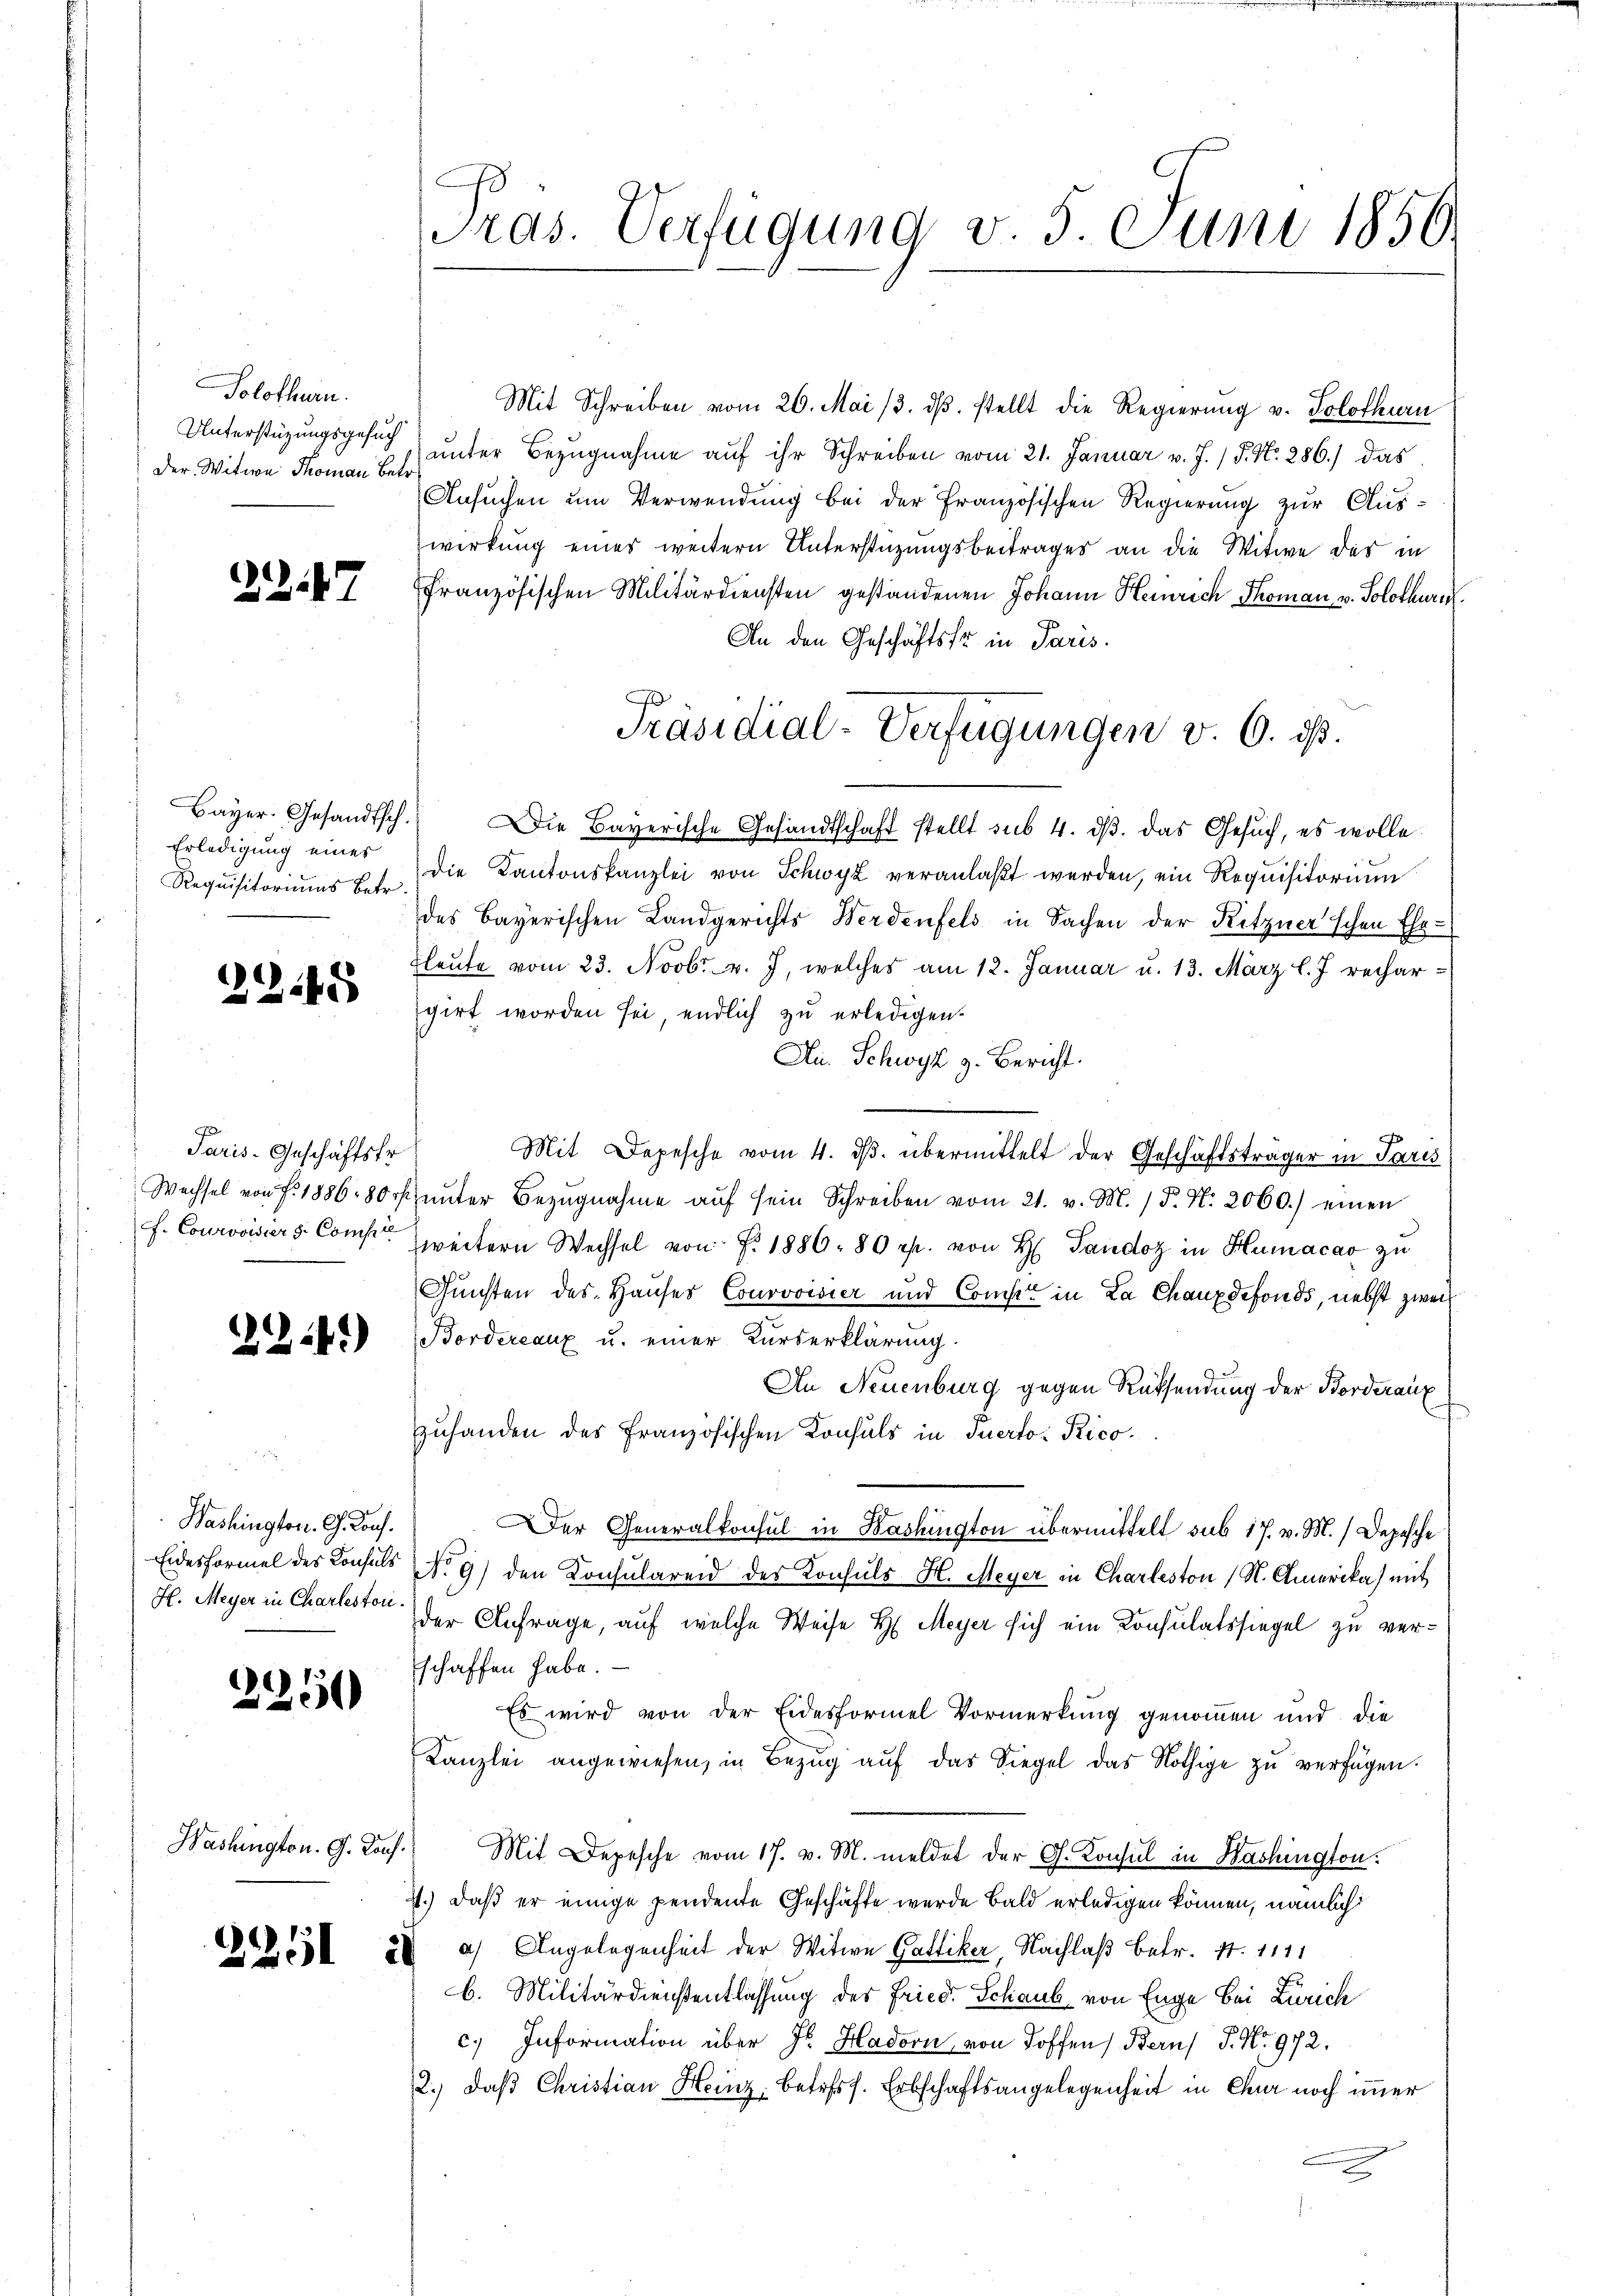
Solothurn.
Unterstützungsgesuch
Der Witwe Thoman Betr

2247

Requisitoriums betr.

2245

Paris-Geschäftsfr.

1341)

Washington. Ch. Porf.
H. Meyer in Charlestori.

2250

Washington. G. Kauf.

2251

Pras. Verfügung v. 5. Juni 1856.

Mit Schreiben vom 20. Mai 13. dβ. stellt die Regierung v. Solothurn
ŭnter Bezŭgnahme aŭf ihr Schreiben vom 21. Januar v. J. J. N. 286.) das
Ansuchen um Verwendung bei der Französischen Regierung zur Auswirkung eines weitern Unterstüzungsbeitrages an die Witwe der in
französischen Militärdiensten gestandenen Johann Heinrich Thoman v. Solothurn
An den Geschäftsfr. in Paris.
Präsidial-Verfügungen v. 6. ds.
Bayer. Gesandtsch. Die Bayerische Gesandtschaft stellt sub 4. dβ das Gesŭch, es wolle
Erledigŭng eines die Kantonskanzlei von Schwyz veranlaßt werden, ein Requisitorium
des Bayerischen Landgerichts Werdenfels in Sachen der Ritzner schen Ehe-
Fleŭte vom 23. Novbr. v. J. welches am 12. Januar u. 13. März l. J. rechargirt worden sei, endlich zu erledigen.
Au. Schwyz z. Bericht.
Mit Depesche vom 4. ds. übermittelt der Geschäftsträger in Paris
Wechsel von f. 1886 80 rf unter Bezŭgnahme aŭf sein Schreiben vom 21. v. M. /d. N. 2060.) einen
f. Courovisiers Comp. weitern Wechsel von P. 1886. 80 rp. von H. Tandoz in Humacav zu
Gunsten des Hauser Courvoisier und Compt in La Chauxdefonds, nebst zwei
Bordereaux u. einer Kurserklärung.
An Neuenburg gegen Rücksendung der Borderaux
zuhanden des französischen Konsuls in Tuerto- Rico
Der Generalkonsul in Bashington übermittelt sub 17. v. M.) Depesche
Eidesformel des Konsuls No 9) den Konsulareid des Konsuls H. Meyer in Charleston (N. Amerika) mit
der Anfrage, auf welche Weise H. Meyer sich ein Konsulatssiegel zu verschaffen habe.
Es wird von der Eidesformel Vormerkung genommen und die
Kanzlei angewiesen, in Bezŭg aŭf das Siegel das Nöthige zu verfügen.
Mit Depesche vom 17. v. M. meldet der G. Konsul in Washington
st.) daß er einige pendente Geschäfte wurde bald erledigen können, nämlich
a) Angelegenheit der Witwe Gattiker, Nachlaß betr. S. 1111
28
b. Militärdienstentlassung des Fried. Schaub von Enge bei Zürich
c. Information über Hr. Hadorn, von Toffen) Bern P. No. 972.
2.) daß Christian Heinz, betriss. Erbschaftsangelegenheit in Chur noch immer